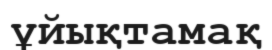
ұйықтамақ